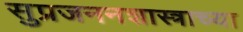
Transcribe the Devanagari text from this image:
सुप्रजननशास्त्राच्या